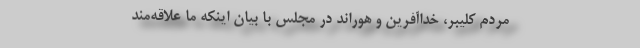
مردم کلیبر، خداآفرین و هوراند در مجلس با بیان اینکه ما علاقه‌مند